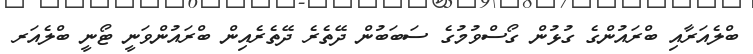
ބްލެއަރާއި ބްރައުންގެ ގުޅުން ގޯސްވުމުގެ ސަބަބުން ދޭތެރެ ދޭތެރެއިން ބްރައުންވަނީ ޓޯނީ ބްލެއަރ